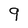
Character: 9